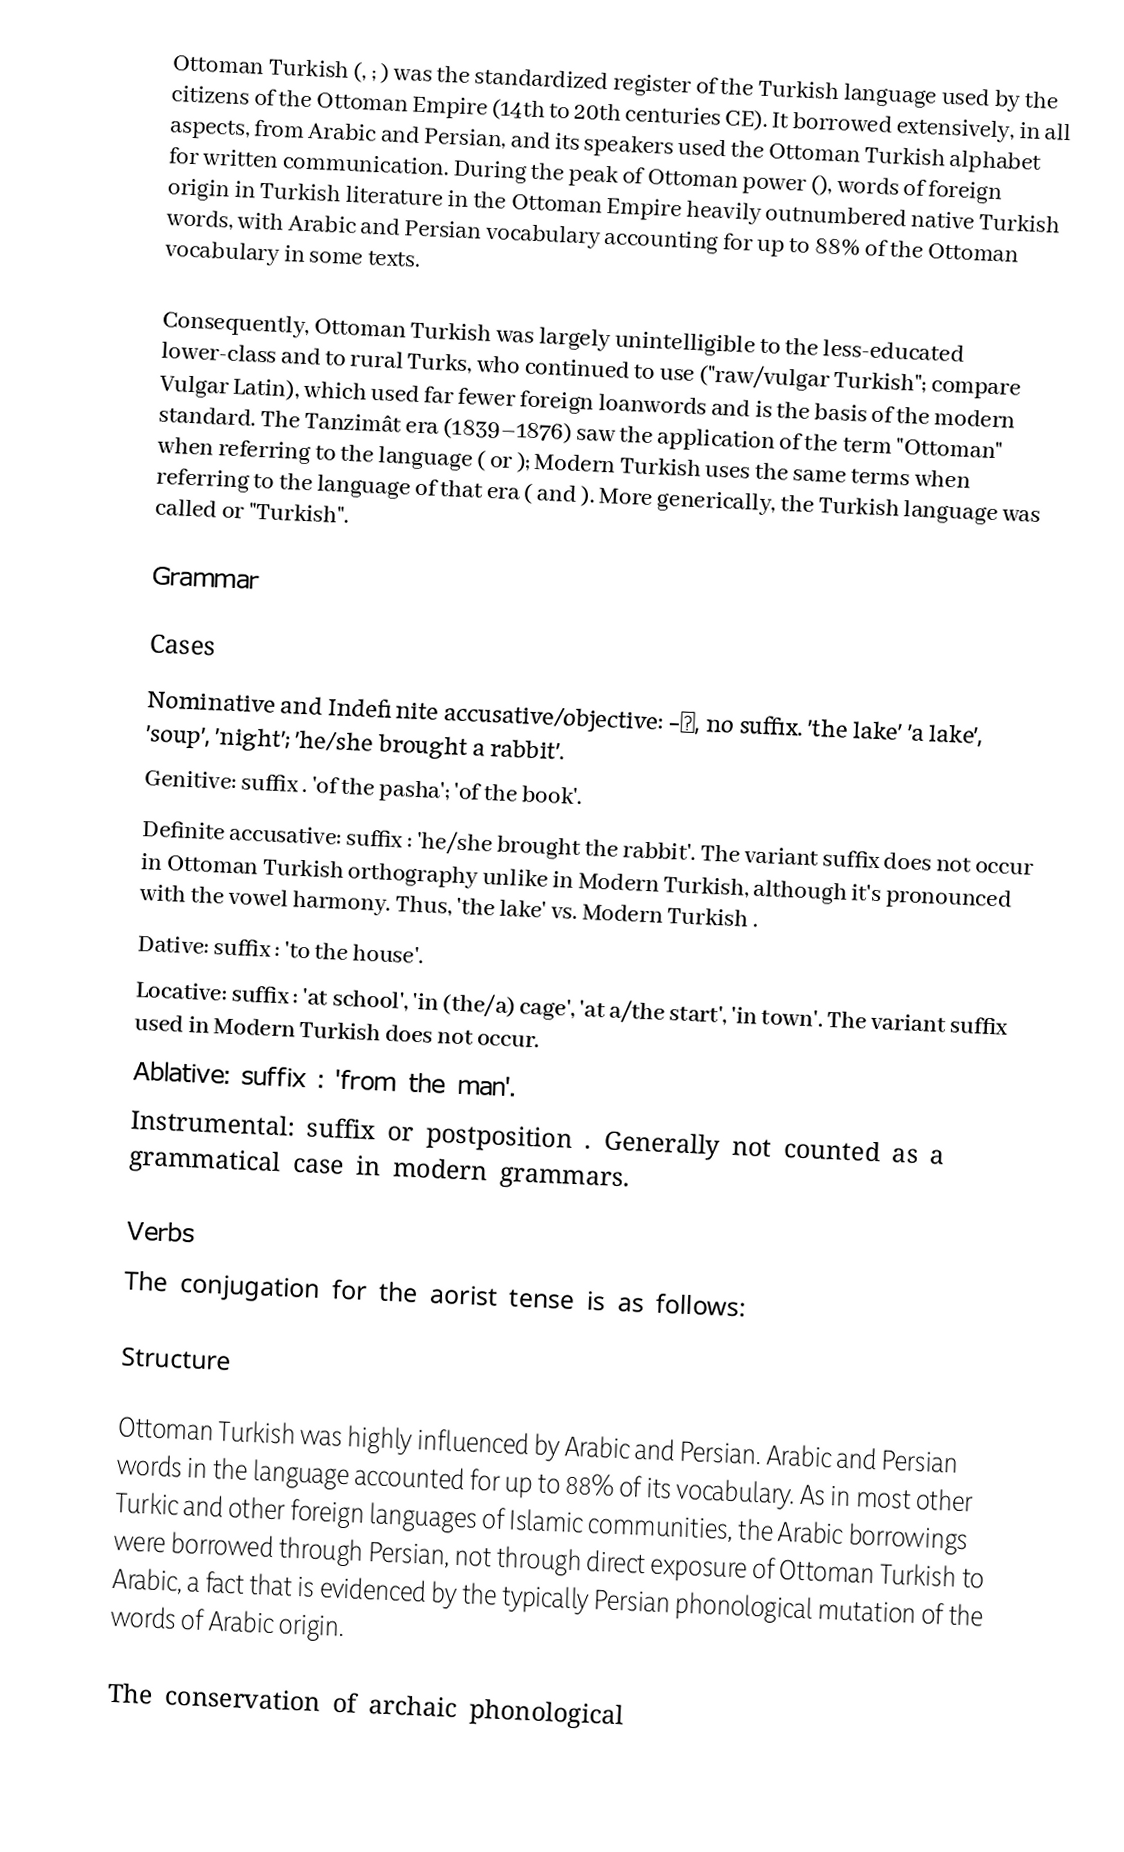
Ottoman Turkish (, ; ) was the standardized register of the Turkish language used by the citizens of the Ottoman Empire (14th to 20th centuries CE). It borrowed extensively, in all aspects, from Arabic and Persian, and its speakers used the Ottoman Turkish alphabet for written communication. During the peak of Ottoman power (), words of foreign origin in Turkish literature in the Ottoman Empire heavily outnumbered native Turkish words, with Arabic and Persian vocabulary accounting for up to 88% of the Ottoman vocabulary in some texts.

Consequently, Ottoman Turkish was largely unintelligible to the less-educated lower-class and to rural Turks, who continued to use  ("raw/vulgar Turkish"; compare Vulgar Latin), which used far fewer foreign loanwords and is the basis of the modern standard. The Tanzimât era (1839–1876) saw the application of the term "Ottoman" when referring to the language (  or  ); Modern Turkish uses the same terms when referring to the language of that era ( and ). More generically, the Turkish language was called   or   "Turkish".

Grammar

Cases
 Nominative and Indefinite accusative/objective: -∅, no suffix.   'the lake' 'a lake',   'soup',   'night';   'he/she brought a rabbit'.
 Genitive: suffix  .   'of the pasha';   'of the book'.
 Definite accusative: suffix  :    'he/she brought the rabbit'. The variant suffix  does not occur in Ottoman Turkish orthography unlike in Modern Turkish, although it's pronounced with the vowel harmony. Thus,   'the lake' vs. Modern Turkish .
 Dative: suffix  :   'to the house'.
 Locative: suffix  :   'at school',   'in (the/a) cage',   'at a/the start',   'in town'. The variant suffix used in Modern Turkish  does not occur.
 Ablative: suffix  :   'from the man'.
 Instrumental: suffix or postposition  . Generally not counted as a grammatical case in modern grammars.

Verbs
The conjugation for the aorist tense is as follows:

Structure

Ottoman Turkish was highly influenced by Arabic and Persian. Arabic and Persian words in the language accounted for up to 88% of its vocabulary. As in most other Turkic and other foreign languages of Islamic communities, the Arabic borrowings were borrowed through Persian, not through direct exposure of Ottoman Turkish to Arabic, a fact that is evidenced by the typically Persian phonological mutation of the words of Arabic origin.

The conservation of archaic phonological